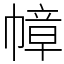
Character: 幛